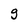
Character: g